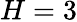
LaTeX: H=3